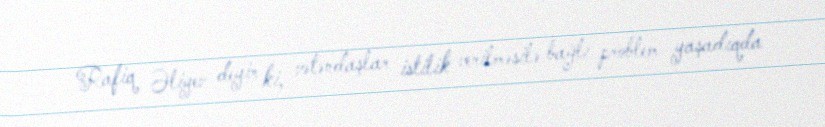
Rafiq Əliyev deyir ki, vətəndaşlar istilik verilməsilə bağlı problem yaşadıqda